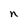
Character: n